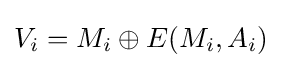
V_{i}=M_{i}\oplus E(M_{i},A_{i})